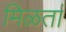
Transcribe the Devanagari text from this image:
मिळतां